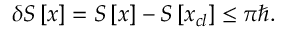
\delta S \left[ x \right] = S \left[ x \right] - S \left[ x _ { c l } \right] \leq \pi \hbar .